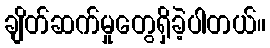
ချိတ်ဆက်မှုတွေရှိခဲ့ပါတယ်။